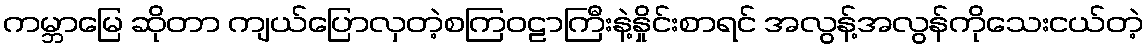
ကမ္ဘာမြေ ဆိုတာ ကျယ်ပြောလှတဲ့စကြဝဠာကြီးနဲ့နှိုင်းစာရင် အလွန့်အလွန်ကိုသေးငယ်တဲ့